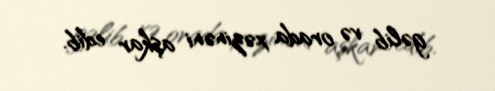
gəlib və orada xəzinəni aşkar edib.